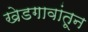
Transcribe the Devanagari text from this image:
खेडगावांतून